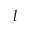
l